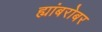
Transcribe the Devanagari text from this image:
ह्यांबरोबर